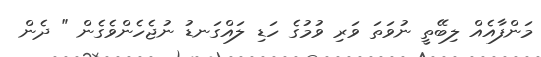
މަންފާއެއް ލިބޭތީ ނުވަތަ ވަރި ވުމުގެ ހަޑި ލައްގަނޑު ނުޖެހެންވެގެން " ދެން